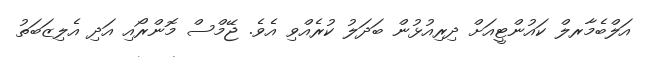
އަލްބެމާރލް ކައުންޓީއަށް ދިރިއުޅުން ބަދަލު ކުރެއްވި އެވެ. ޖޭމްސް މޮންރޯއި އަދި އެލިޒަބަތު